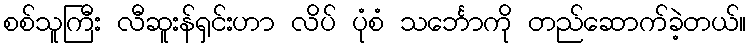
စစ်သူကြီး လီဆူးန်ရှင်းဟာ လိပ် ပုံစံ သင်္ဘောကို တည်ဆောက်ခဲ့တယ်။